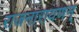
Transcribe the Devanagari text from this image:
राजनारायणन्